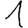
Digit: 1